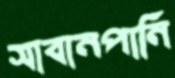
সাবানপানি